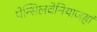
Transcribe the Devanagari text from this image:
पेन्सिलवेनियाजहां